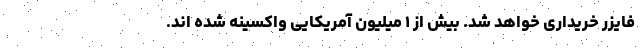
فایزر خریداری خواهد شد. بیش از ۱ میلیون آمریکایی واکسینه شده اند.